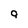
Character: q